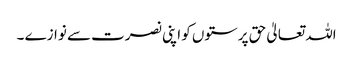
اللہ تعالیٰ حق پرستوں کو اپنی نصرت سے نوازے ۔